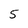
Character: 5